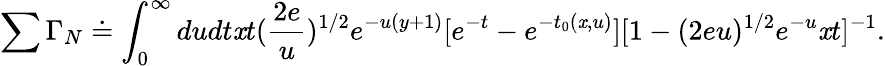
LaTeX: \sum\Gamma_{N}\doteq\int_{0}^{\infty}dudt\mathit{x}t(\frac{{2e}}{{u}})^{1/2}e^{-u(y+1)}[e^{-t}-e^{-t_{0}(\mathit{x},u)}][1-(2eu)^{1/2}e^{-u}\mathit{x}t]^{-1}.